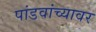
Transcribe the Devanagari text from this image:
पांडवांच्यावर